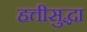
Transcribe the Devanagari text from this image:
हत्तीसुद्धा